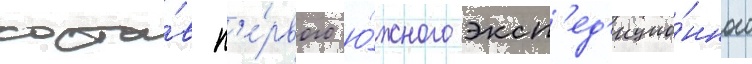
соста́в п'е́рвого ю́жного эксп'ед'ицио́нного